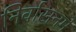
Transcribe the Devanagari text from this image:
निर्वासनमे